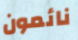
نائمون